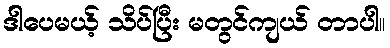
ဒါပေမယ့် သိပ်ပြီး မတွင်ကျယ် တာပါ။